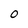
Character: 0